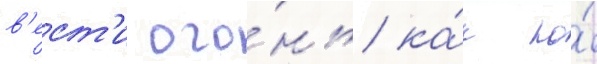
в'ест'и ого́нь ка́к по́